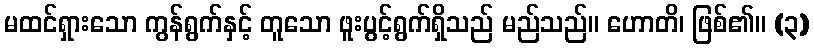
မထင်ရှားသော ကွန်ရွက်နှင့် တူသော ဖူးပွင့်ရွက်ရှိသည် မည်သည်။ ဟောတိ၊ ဖြစ်၏။ (၃)